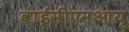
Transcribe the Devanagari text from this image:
वाईसीएमओयू